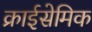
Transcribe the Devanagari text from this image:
क्राईसेमिक